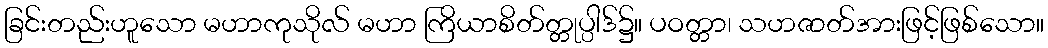
ခြင်းတည်းဟူသော မဟာကုသိုလ် မဟာ ကြိယာစိတ်တ္တုပ္ပါဒ်၌။ ပဝတ္တာ၊ သဟဇာတ်အားဖြင့်ဖြစ်သော။